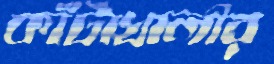
কাঁটাখালীর